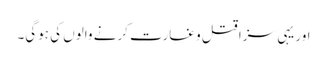
اور یہی سزا قتل و غارت کرنے والوں کی ہوگی۔